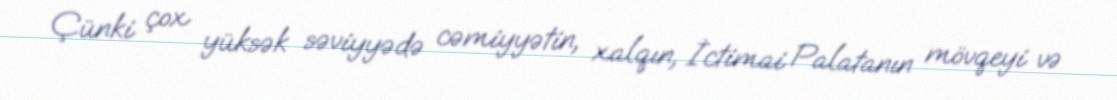
Çünki çox yüksək səviyyədə cəmiyyətin, xalqın, İctimai Palatanın mövqeyi və